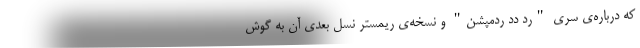
که درباره‌ی سری "رد دد ردمپشن" و نسخه‌ی ریمستر نسل بعدی آن به‌ گوش